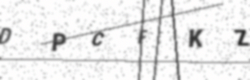
Text: DPCFKZ